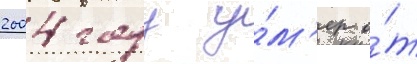
2004 году у́м'ер о́т